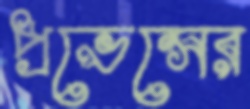
প্রভেন্সের